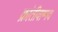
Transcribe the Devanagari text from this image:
क्रांतीवाग्मय